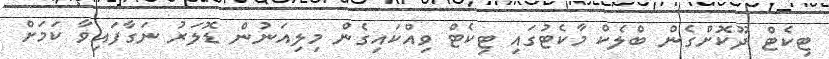
ޓިކެޓް ދޫކޮށްގެން ބްލެކް މާކެޓުގައި ޓިކެޓް ވިއްކައިގެން މިލިއަނުން ޑޮލަރު ނަގާފައިވާ ކަމަށް